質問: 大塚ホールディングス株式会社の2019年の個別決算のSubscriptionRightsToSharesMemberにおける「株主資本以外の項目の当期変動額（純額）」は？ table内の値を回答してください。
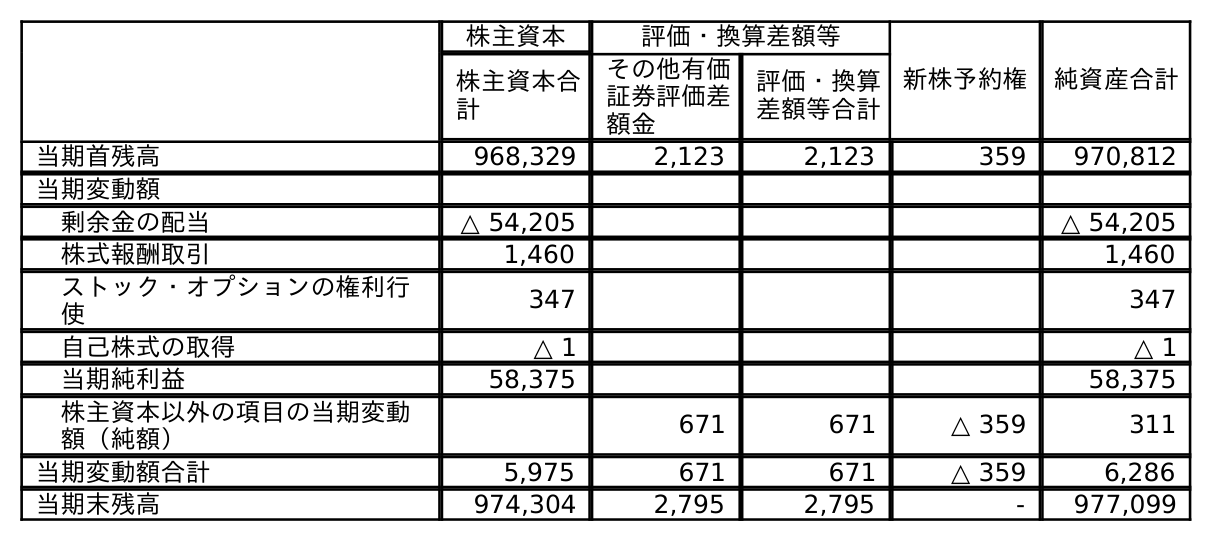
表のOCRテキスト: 株主資本 評価・換算差額等 新株予約権 純資産合計 株主資本合 計 その他有価 証券評価差 額金 評価・換算 差額等合計 当期首残高 968,329 2,123 2,123 359 970,812 当期変動額 剰余金の配当 △ 54,205 △ 54,205 株式報酬取引 1,460 1,460 ストック・オプションの権利行 使 347 347 自己株式の取得 △ 1 △ 1 当期純利益 58,375 58,375 株主資本以外の項目の当期変動 額（純額） 671 671 △ 359 311 当期変動額合計 5,975 671 671 △ 359 6,286 当期末残高 974,304 2,795 2,795 - 977,099
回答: △359